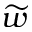
\widetilde { w }